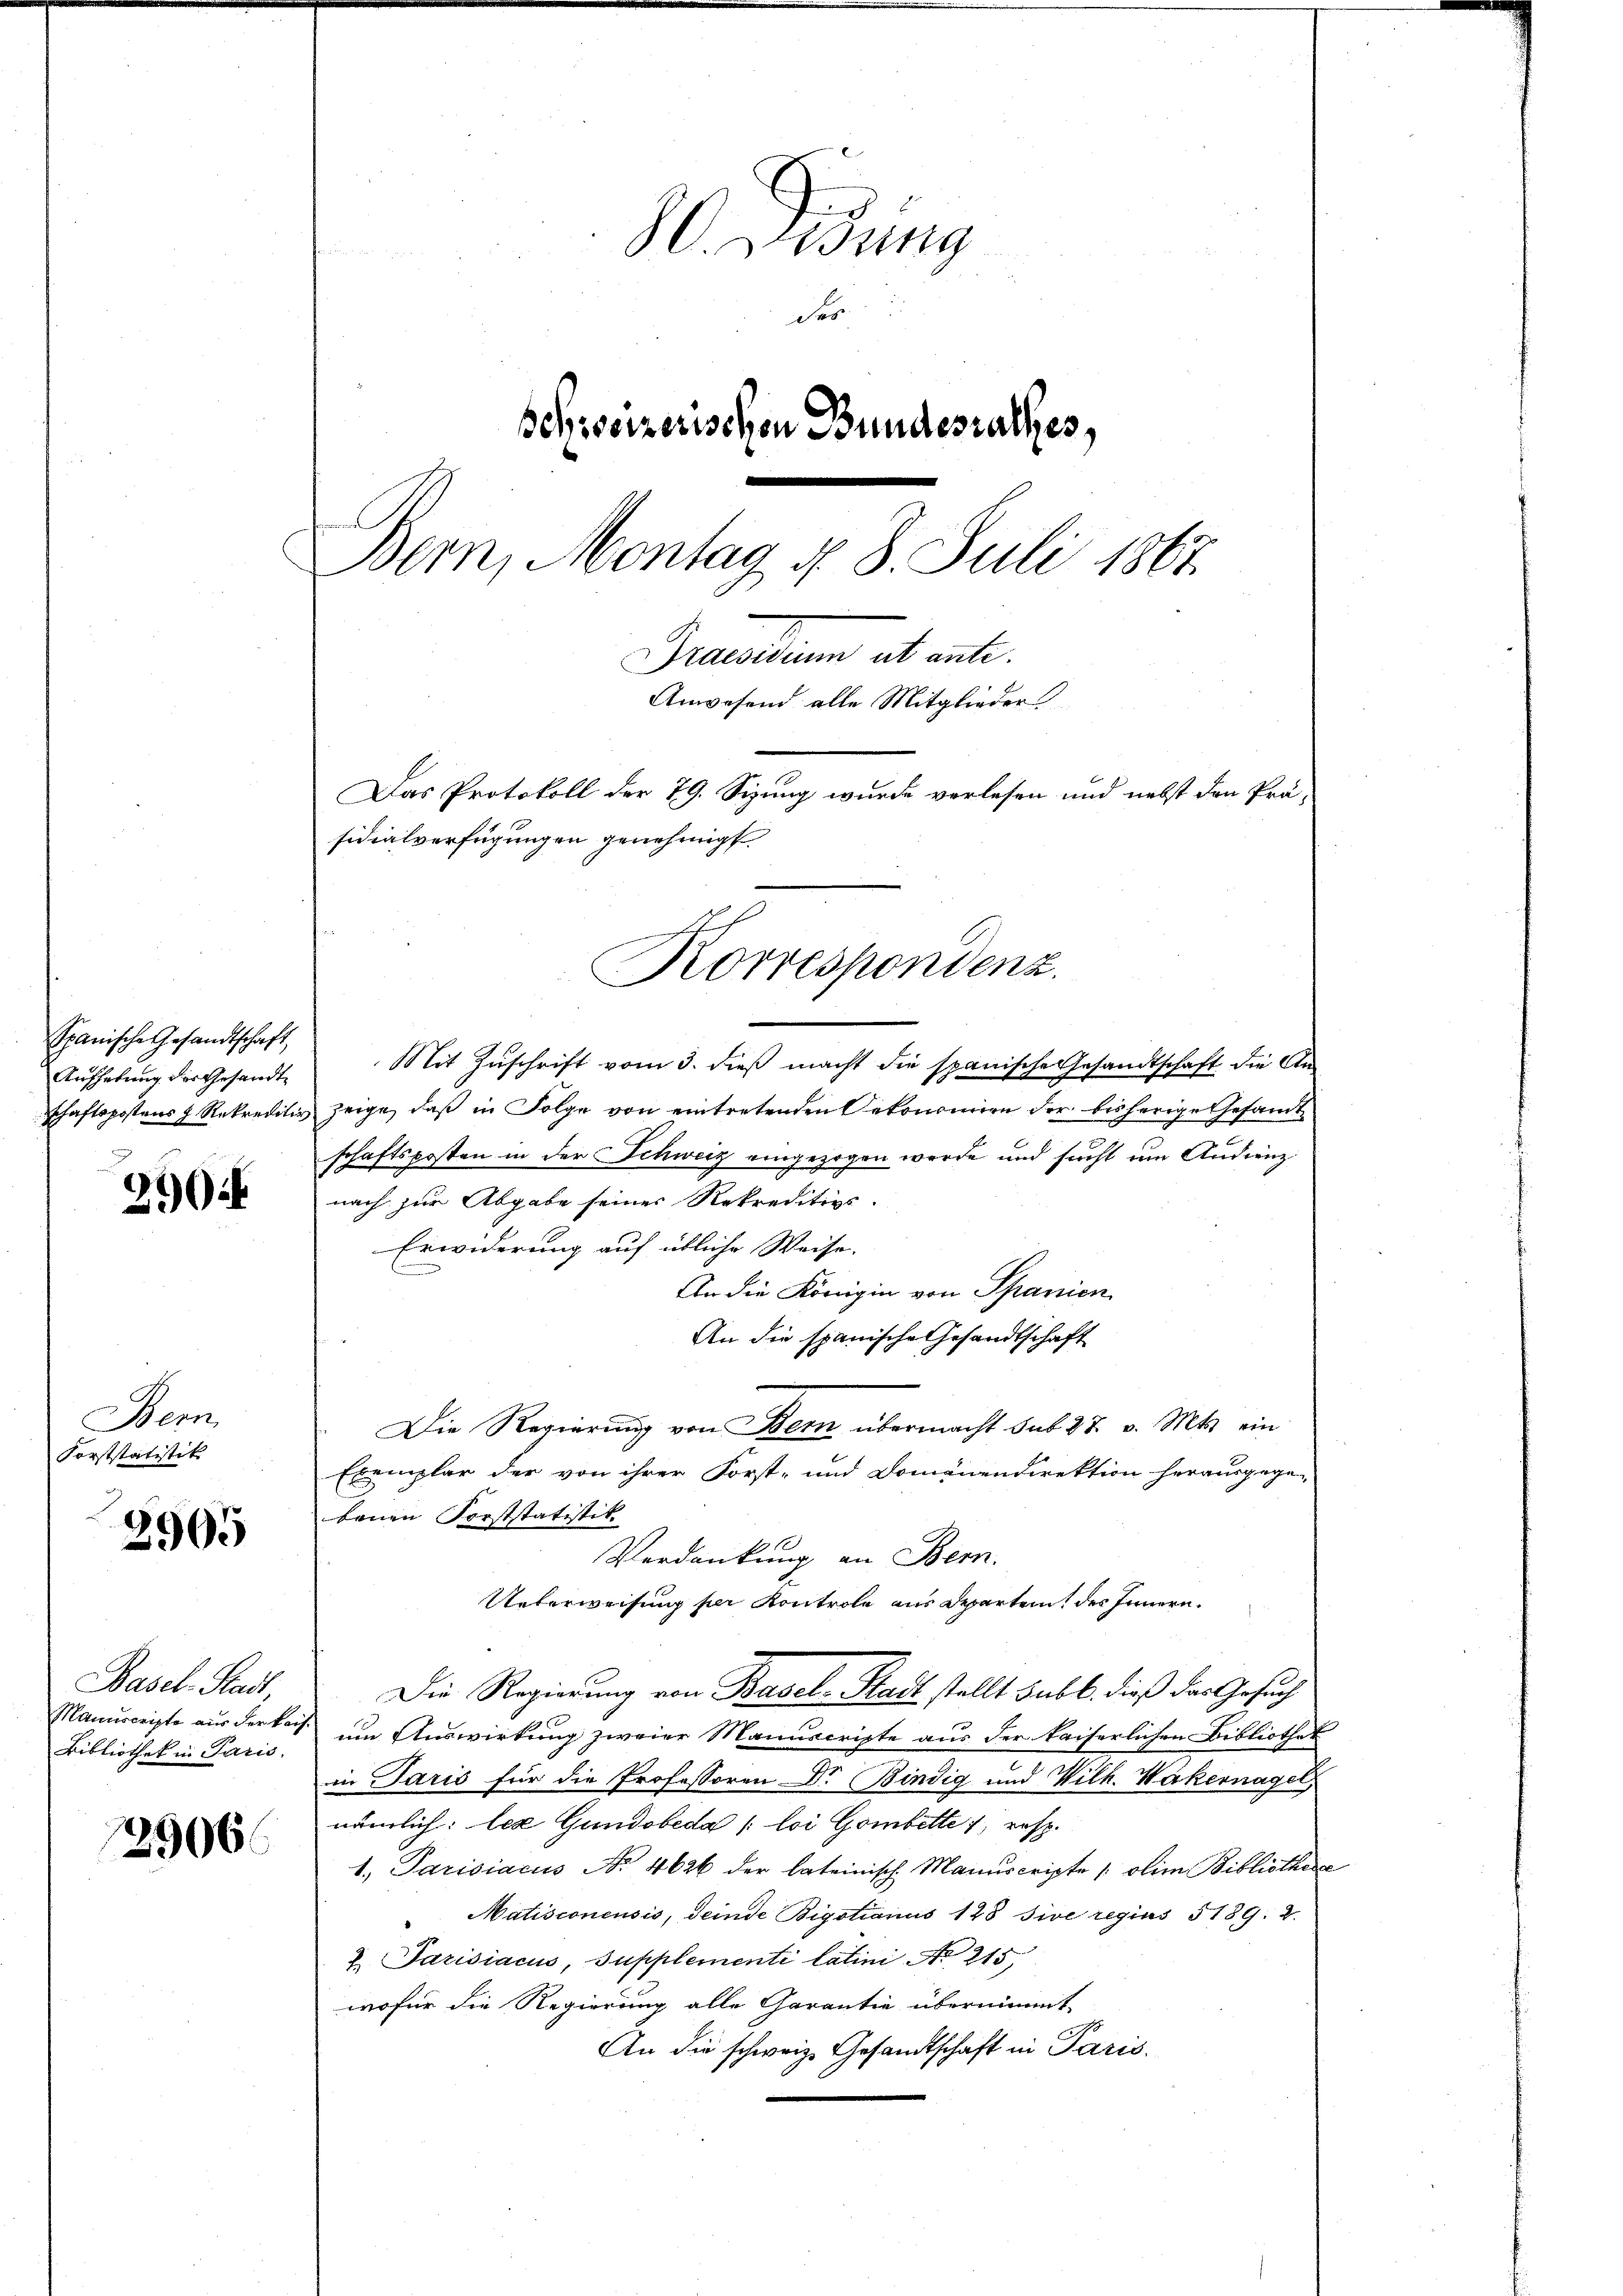
Spanische Gesandtschaft,
Aufhebung des Gesandte

29

Bern
Forststatistik

2905

Basel-Stadt,
Manuscripte aus der kan
Bibliothek in Paris.

2906

80. Didung
der
sehiseizerischen Bundesrathes,
Bern, Montag d. 8. Juli 1867
Dresdenn ab eint.
Anwesend alle Mitglieder
Das Protokoll der 79. Sizung wurde verlesen und nebst den Prä-
sidialverfügungen genehmigt.

Korrespondenz.

Mit Zuschrift vom 3. dieß macht die spanische Gesandtschaft die Anschaftspostens & Rekreditiv zeige, daβ in Folge von eintretenden Oekonomien der bisherige Gesamt-
schaftsposten in der Schweiz eingezogen werde und sucht um Audienz
nach zur Abgabe seiner Rekreditivs
Erwiderung auf übliche Weise.
An die Königin von Spanien
An die spanische Gesandtschaft
Die Regierung von Bern übermacht sub 27. v. Mts. ein
Exemplar der von ihrer Forst- und Domänendirektion herausgege-
bauen Forststatistik. |
Verdankung an Bern.
Ueberweisung per Kontrole aus Departein, des Innern.
n
Die Regierung von Basel-Stadt stellt subt, dieß das Gesuch
um Auswirkung zweier Manuscripte aus der kaiserlichen Bibliothek
in Jaris für die Professoren Dr. Bindig und Wilh. Wakernagel,
nämlich: lex Gundobeda /: loi Gombette 1, resp.
1. Parisiacus No. 4626 der lateinisch-Manuscripte / olim Bibliotheca
Matisconensis, deinde Bigotianus 128 sive regis 5189. 2
 Parisiacus, Supplementi latini No 215,
wofür die Regierung alle Garantie übernimmt,
An die schweiz. Gesandtschaft in Paris.